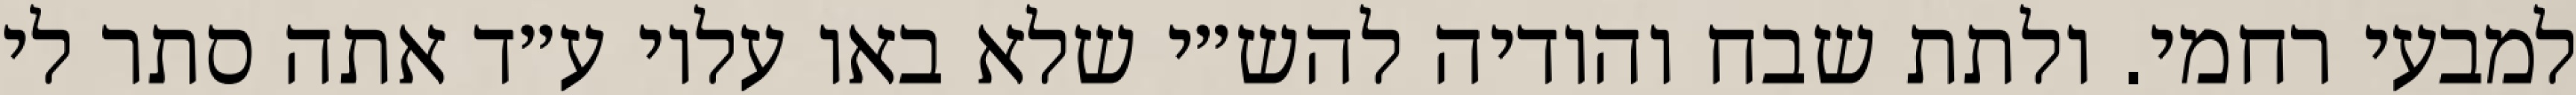
למבעי רחמי. ולתת שבח והודיה להש״י שלא באו עליו ע״ד אתה סתר לי